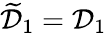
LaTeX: \widetilde{\mathcal{D}}_{1}=\mathcal{D}_{1}